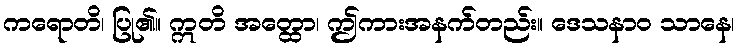
ကရောတိ၊ ပြု၏။ ဣတိ အတ္ထော၊ ဤကားအနက်တည်း။ ဒေသနာဝ သာနေ၊